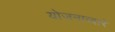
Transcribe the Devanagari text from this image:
योजनाव्दारे